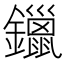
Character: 鑞